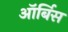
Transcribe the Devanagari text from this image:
ऑर्बिस